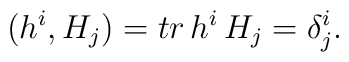
(h^{i},H_{j})=tr\,h^{i}\,H_{j}=\delta_{j}^{i}.